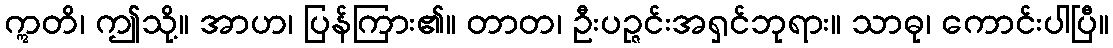
ဣတိ၊ ဤသို့။ အာဟ၊ ပြန်ကြား၏။ တာတ၊ ဦးပဉ္ဇင်းအရှင်ဘုရား။ သာဓု၊ ကောင်းပါပြီ။